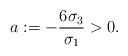
LaTeX: \begin{align*}a:=-\frac{6\sigma_3}{\sigma_1}>0.\end{align*}